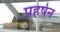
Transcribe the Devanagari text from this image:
प्रहर्षन